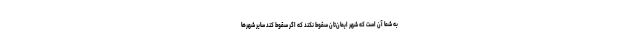
به شما آن است که شهر ایمان‌تان سقوط نکند که اگر سقوط کند سایر شهرها